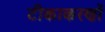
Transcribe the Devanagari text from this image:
टीकाकरणों